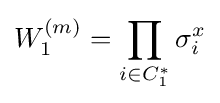
W_{1}^{(m)}=\prod _{i\in C_{1}^{*}}\sigma _{i}^{x}